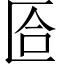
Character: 匼